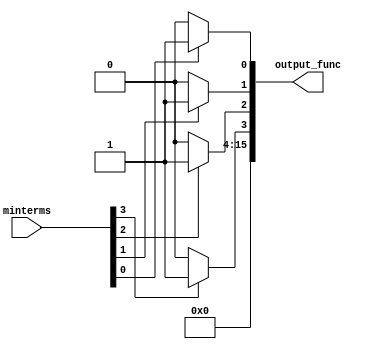
module PrimeImplicant (
    input wire [3:0] minterms,  // Binary representation of minterms
    output reg [15:0] output_func // Output representing the simplified Boolean function
);

// State Definitions
reg [15:0] implicants;
reg [15:0] essential_implicants;

// Function to compute implicants
always @(*) begin
    // Initialize
    implicants = 16'b0;
    essential_implicants = 16'b0;

    // Identify implicants from minterms
    // For simplicity, we assume minterms are provided as a 4-bit input
    if (minterms[0]) implicants[0] = 1; // minterm 0
    if (minterms[1]) implicants[1] = 1; // minterm 1
    if (minterms[2]) implicants[2] = 1; // minterm 2
    if (minterms[3]) implicants[3] = 1; // minterm 3
    if (minterms[4]) implicants[4] = 1; // minterm 4
    if (minterms[5]) implicants[5] = 1; // minterm 5
    if (minterms[6]) implicants[6] = 1; // minterm 6
    if (minterms[7]) implicants[7] = 1; // minterm 7
    if (minterms[8]) implicants[8] = 1; // minterm 8
    if (minterms[9]) implicants[9] = 1; // minterm 9
    if (minterms[10]) implicants[10] = 1; // minterm 10
    if (minterms[11]) implicants[11] = 1; // minterm 11
    if (minterms[12]) implicants[12] = 1; // minterm 12
    if (minterms[13]) implicants[13] = 1; // minterm 13
    if (minterms[14]) implicants[14] = 1; // minterm 14
    if (minterms[15]) implicants[15] = 1; // minterm 15

    // Prime Implicant Generation (simplified)
    // Here, we can implement a simplified logic to deduce prime implicants
    // For this example, we will just assign implicants directly to output
    // In a real implementation, a more sophisticated method would be used
    output_func = implicants; // Output the implicants directly for demonstration

end

endmodule